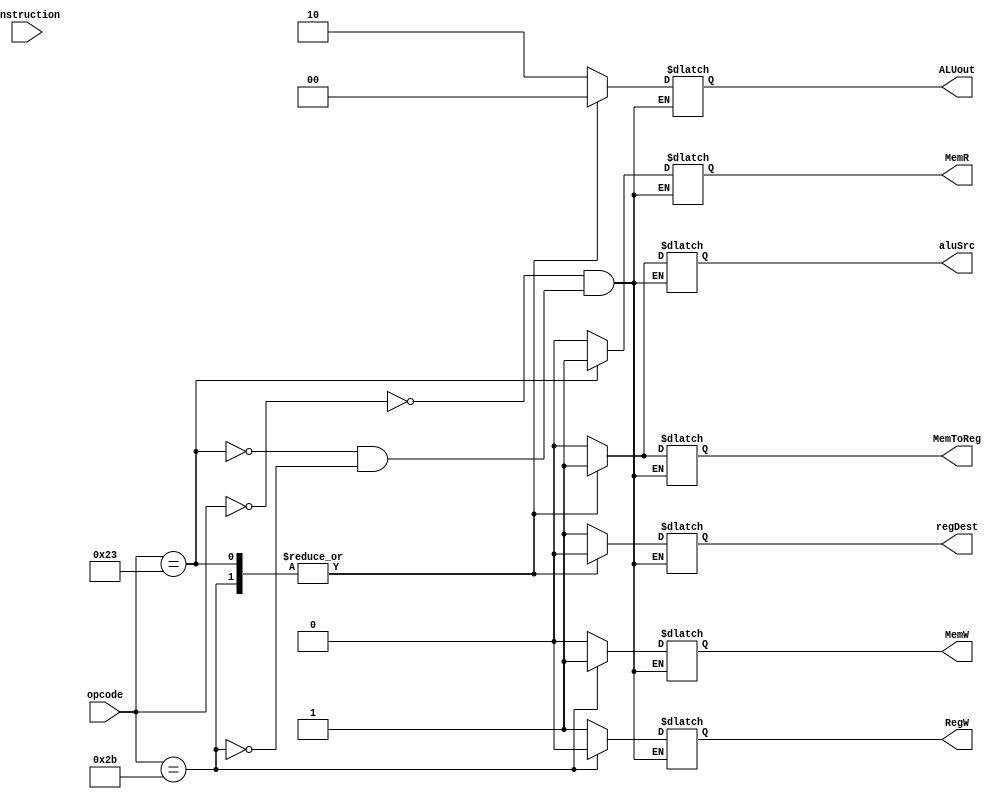
module controlUnit(instruction, opcode, ALUout, MemR, MemW, RegW, MemToReg, aluSrc, regDest);
    input [5:0] opcode;
    input [31:0] instruction;
    output reg [1:0] ALUout;
    output reg MemR, MemW, RegW, MemToReg, aluSrc, regDest;

    always @ (*)
        begin
            case(opcode)
                6'b000000 : begin
                                ALUout = 2'b10;
                                RegW = 1;
                                MemR = 0;
                                MemW = 0;
                                MemToReg = 0;
                                aluSrc = 0;
                                regDest = 1;
                            end
                6'b100011 : begin
                                ALUout = 2'b00;
                                RegW = 1;
                                MemR = 1;
                                MemToReg = 1;
                                MemW = 0;
                                aluSrc = 1;
                                regDest = 0;
                            end
                6'b101011 : begin
                                ALUout = 2'b00;
                                RegW = 0;
                                MemR = 0;
                                MemToReg = 1;
                                MemW = 1;
                                aluSrc = 1;
                                regDest = 0;
                            end
            endcase
        end
endmodule